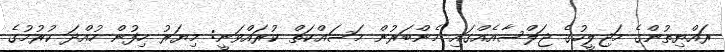
ރައްޔިތުންގެ މަޖިލީހުގެ ޖަލްސާއެއްގައި މެންބަރުން މަސައްކަތް ކުރައްވަނީ: މިޔަރު ހިފުން ހުއްދަ ކުރުމުގެ